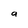
Character: a